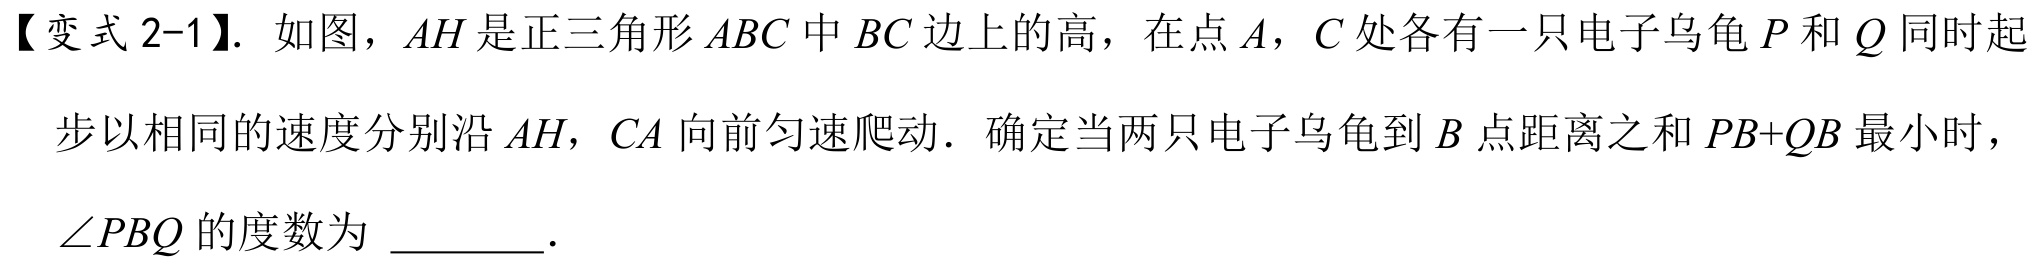
【变式 2-1】. 如图，\(AH\) 是正三角形 \(ABC\) 中 \(BC\) 边上的高，在点 \(A\)，\(C\) 处各有一只电子乌龟 \(P\) 和 \(Q\) 同时起
步以相同的速度分别沿 \(AH\)，\(CA\) 向前匀速爬动．确定当两只电子乌龟到 \(B\) 点距离之和 \(PB + QB\) 最小时，
\(\angle PBQ\) 的度数为 ________．